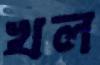
খল